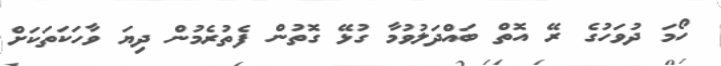
ހޯމަ ދުވަހުގެ ރޭ އޮތް ބައްދަލުވުމާ ގުޅޭ ގޮތުން ފެތުރެމުން ދިޔަ ވާހަކަތަކަށް